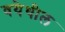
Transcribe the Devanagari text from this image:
वयेथील